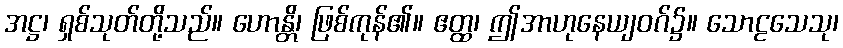
အဋ္ဌ၊ ရှစ်သုတ်တို့သည်။ ဟောန္တိ၊ ဖြစ်ကုန်၏။ ဧတ္ထ၊ ဤအာဟုနေယျဝဂ်၌။ သောဠသေသု၊